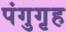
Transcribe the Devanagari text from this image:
पंगुगृह